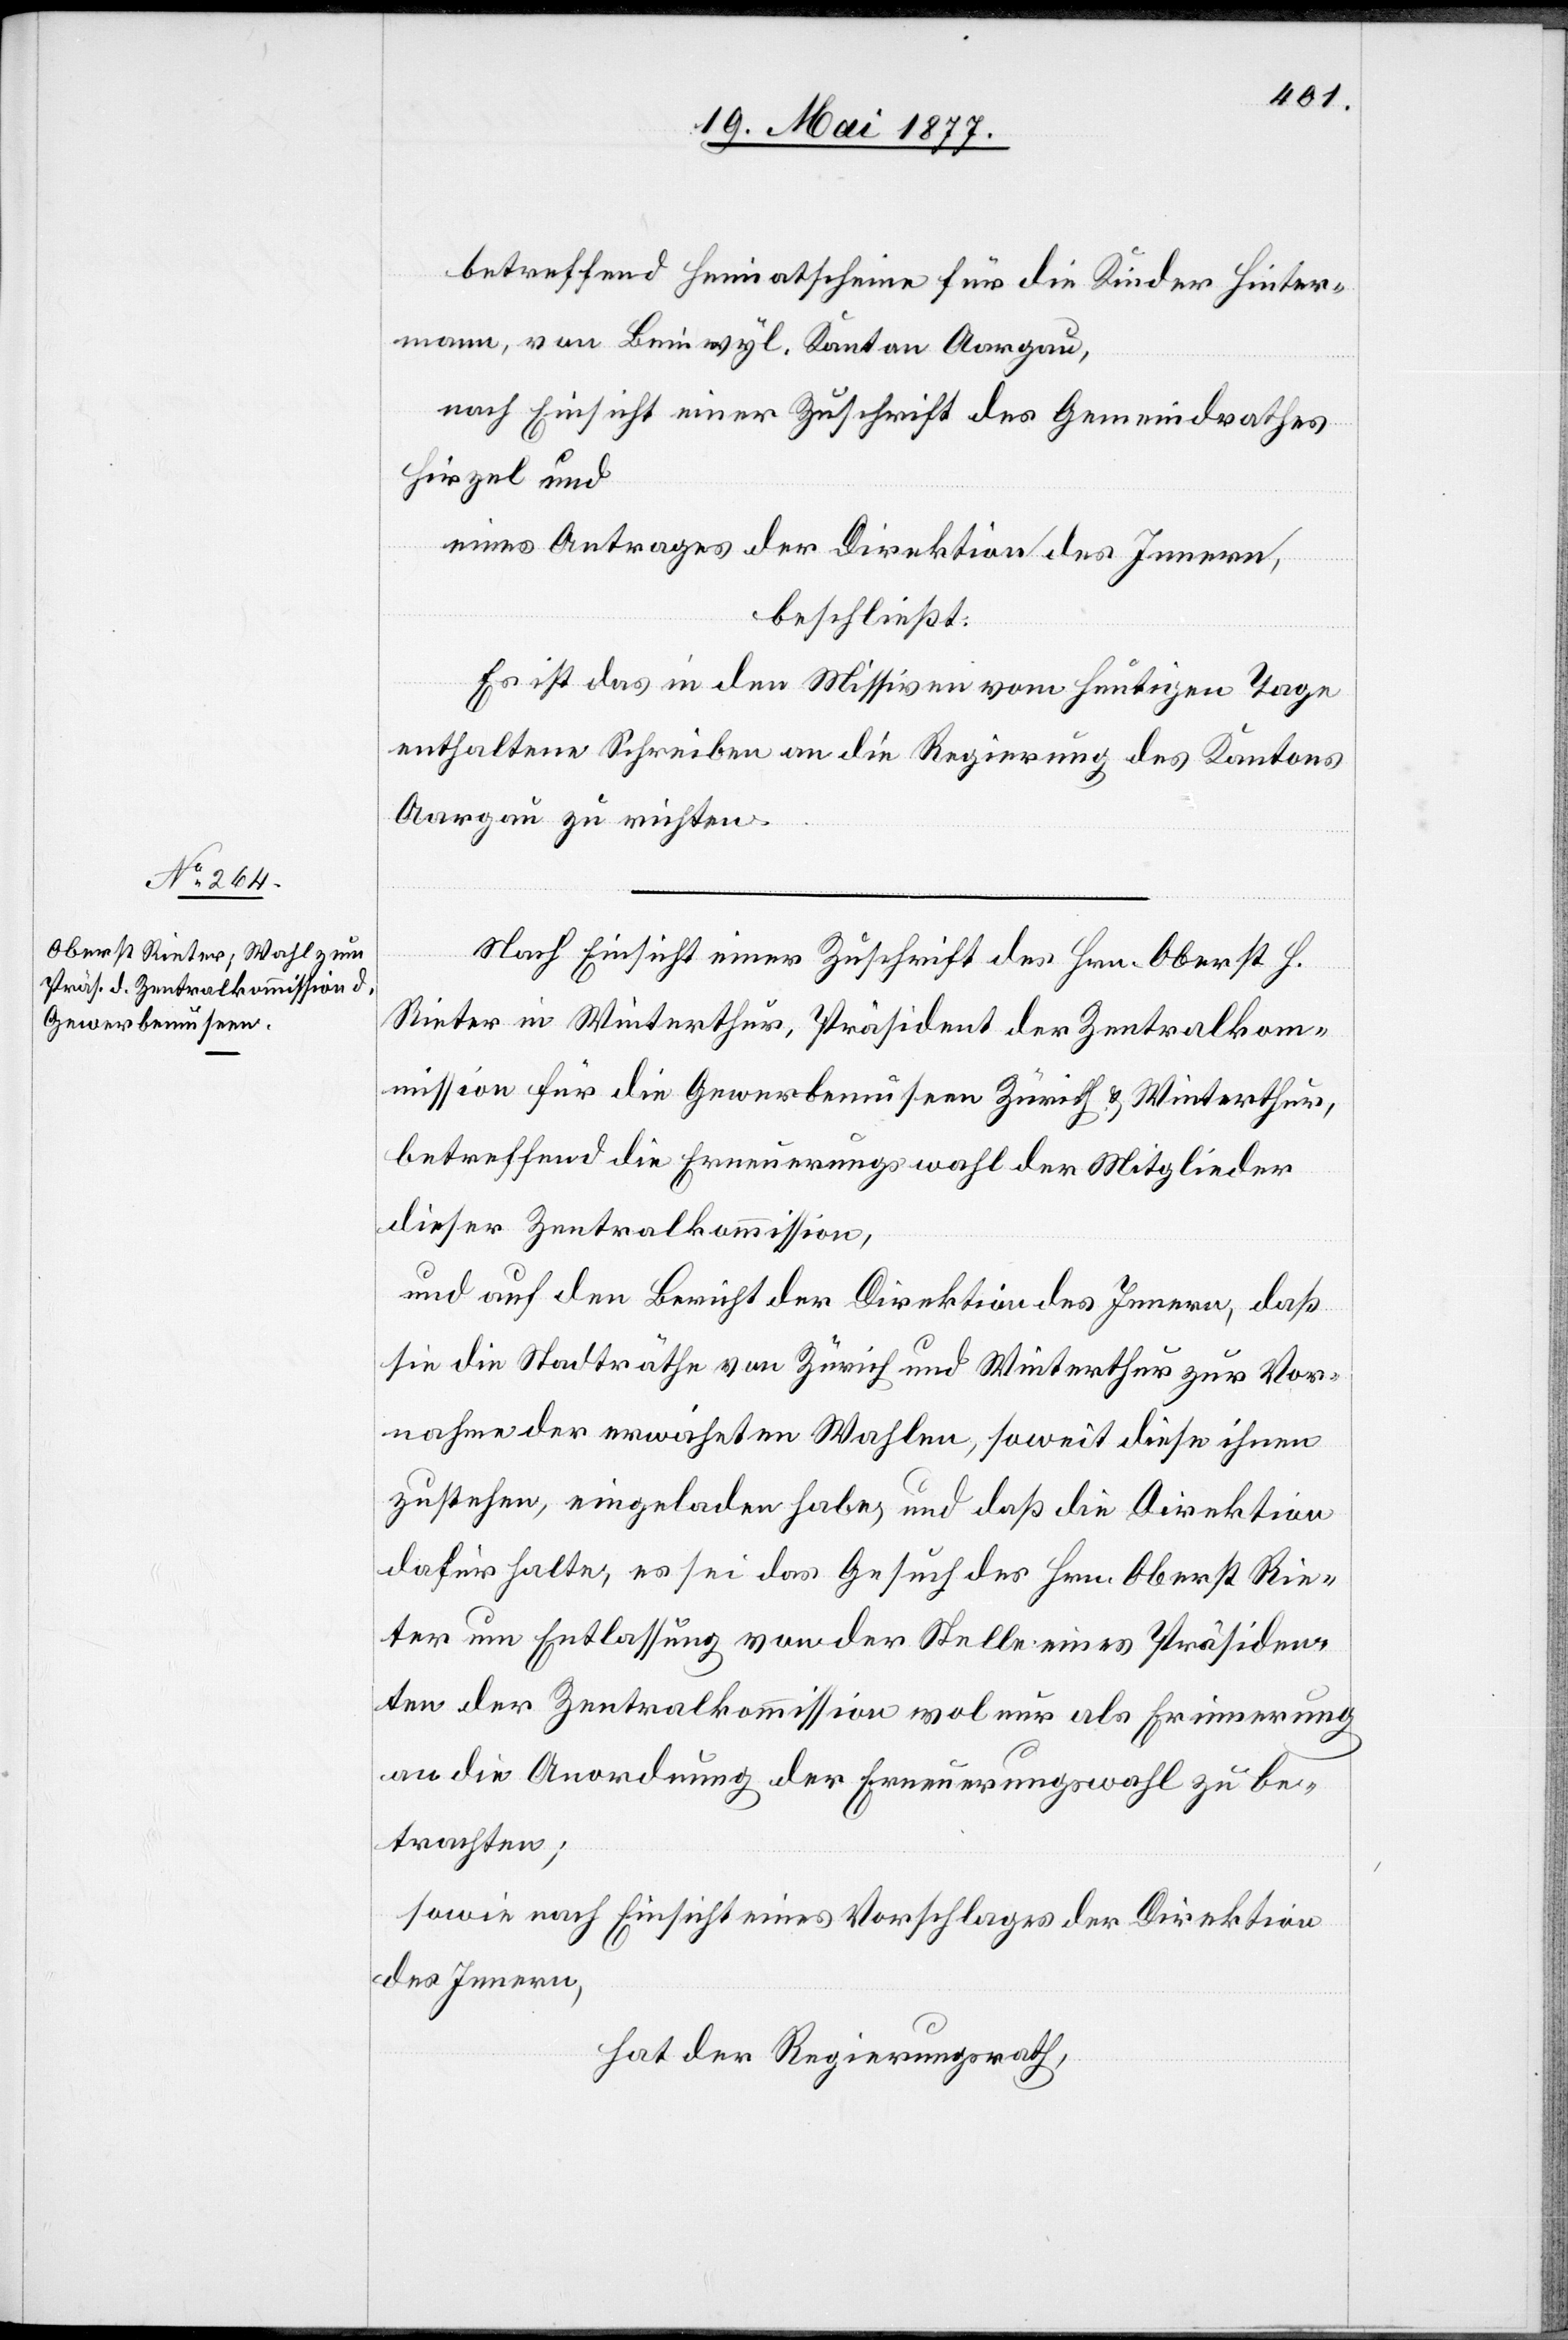
betreffend Heimatscheine für die Kinder Hinter¬
mann, von Beinwyl, Kanton Aargau,
nach Einsicht einer Zuschrift des Gemeindrathes
Hirzel und
eines Antrages der Direktion des Innern,
beschließt:
Es ist das in den Missiven vom heutigen Tage
enthaltene Schreiben an die Regierung des Kantons
Aargau zu richten.
Nach Einsicht einer Zuschrift des Hrn. Oberst H.
Rieter in Winterthur, Präsident der Zentralkom¬
mission für die Gewerbemuseen Zürich & Winterthur,
betreffend die Erneuerungswahl der Mitglieder
dieser Zentralkommission,
und auf den Bericht der Direktion des Innern, daß
sie die Stadträthe von Zürich und Winterthur zur Vor¬
name der erwähnten Wahlen, soweit diese ihnen
zustehen, eingeladen habe, und daß die Direktion
dafür halte, es sei das Gesuch des Hrn. Oberst Rie¬
ter um Entlassung von der Stelle eines Präsiden¬
ten der Zentralkommission wol nur als Erinnerung
an die Anordnung der Erneuerungswahl zu be¬
trachten;
sowie nach Einsicht eines Vorschlages der Direktion
des Innern,
hat der Regierungsrath,